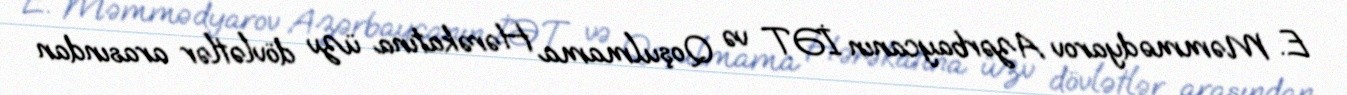
E. Məmmədyarov Azərbaycanın İƏT və Qoşulmama Hərəkatına üzv dövlətlər arasından